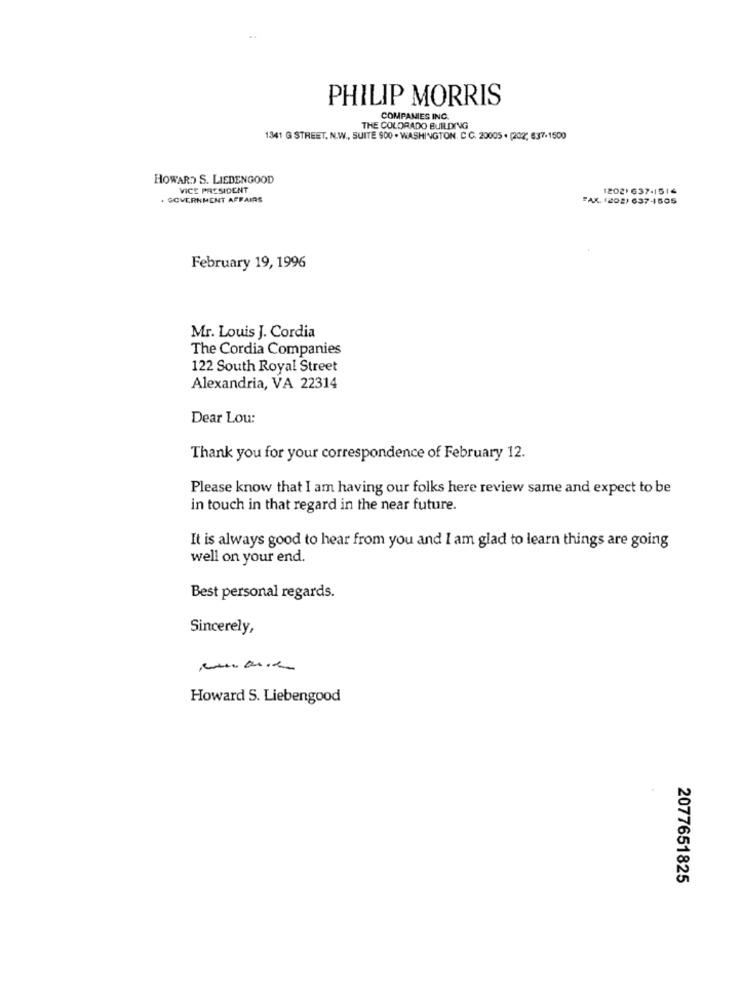
PHILIP MORRIS
COMPANIES INC.
THE COLORADO BUILDING
1341 G STREET. N.W ., SUITE 900 . WASHINGTON. C. C. 20005 . (202; 6:37-1500
HOWARD S. LIEDENGOOD
VICE PRESIDENT
1202) 637-1514
. GOVERNMENT AFFAIRS
FAX. (202) 637-1505
February 19, 1996
Mr. Louis J. Cordia
The Cordia Companies
122 South Royal Street
Alexandria, VA 22314
Dear Lou:
Thank you for your correspondence of February 12.
Please know that I am having our folks here review same and expect to be
in touch in that regard in the near future.
It is always good to hear from you and I am glad to learn things are going
well on your end.
Best personal regards.
Sincerely,
Howard S. Liebengood
2077651825